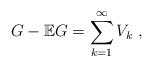
LaTeX: \begin{align*}G-\mathbb{E}G = \sum_{k=1}^\infty V_k\ ,\end{align*}